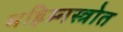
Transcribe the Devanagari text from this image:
महिम्नस्त्रोत